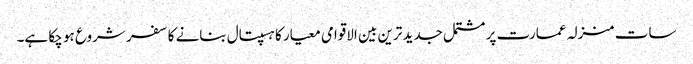
سات منزلہ عمارت پر مشتمل جدید ترین بین الاقوامی معیار کا ہسپتال بنانے کا سفر شروع ہو چکا ہے۔